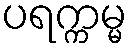
ပရက္ကမ္မ